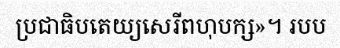
ប្រជាធិបតេយ្យសេរីពហុបក្ស»។ របប